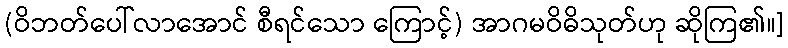
(ဝိဘတ်ပေါ်လာအောင် စီရင်သော ကြောင့်) အာဂမဝိဓိသုတ်ဟု ဆိုကြ၏။]